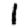
Digit: 1